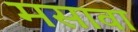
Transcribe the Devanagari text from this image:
मसावा